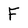
Character: F